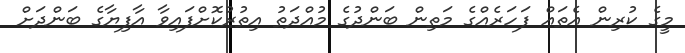
މީގެ ކުރިން އެތައް ފަހަރެއްގެ މަތިން ބަންދުގެ މުއްދަތު އިތުރުކޮށްފައިވާ އާފިޔާގެ ބަންދަށް